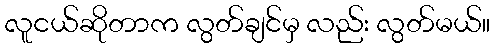
လူငယ်ဆိုတာက လွတ်ချင်မှ လည်း လွတ်မယ်။